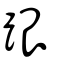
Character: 跟